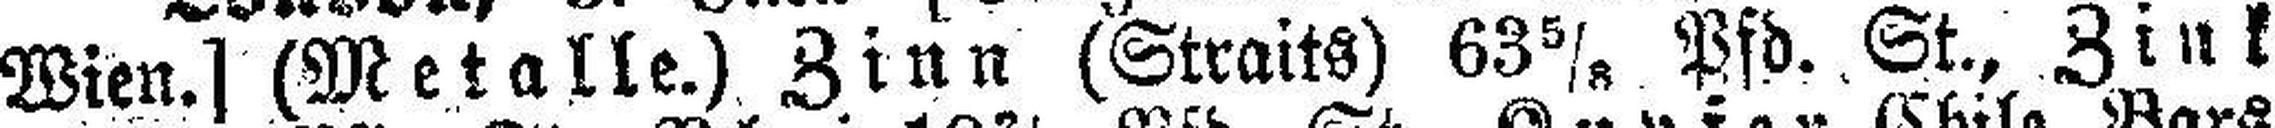
Wien.] (Metalle.) Zinn (Straits) 635/8 Pfd. St., Zink